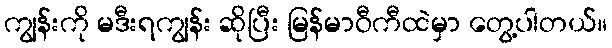
ကျွန်းကို မဒီးရကျွန်း ဆိုပြီး မြန်မာဝီကီထဲမှာ တွေ့ပါတယ်။